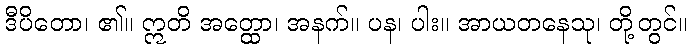
ဒီပိတော၊ ၏။ ဣတိ အတ္ထော၊ အနက်။ ပန၊ ပါး။ အာယတနေသု၊ တို့တွင်။